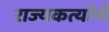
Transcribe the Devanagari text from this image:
राज्यकर्त्याणे